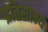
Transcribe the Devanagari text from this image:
प्रतिसाम्य